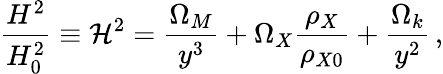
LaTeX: \frac{H^{2}}{H_{0}^{2}}\equiv\mathcal{H}^{2}=\frac{\Omega_{M}}{y^{3}}+\Omega_{X}\frac{\rho_{X}}{\rho_{X0}}+\frac{\Omega_{k}}{y^{2}}\, ,